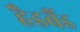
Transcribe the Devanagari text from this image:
हैडबैंड